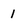
Character: 1